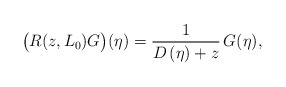
\begin{align*}\bigl( R(z,L_{0})G\bigr)(\eta )=\frac{1}{D\left( \eta \right) +z}\,G(\eta ), \end{align*}